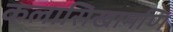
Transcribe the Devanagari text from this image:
कलासिखामणि